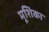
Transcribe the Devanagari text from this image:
मूशिका